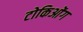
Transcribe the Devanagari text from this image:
टोकिओंग